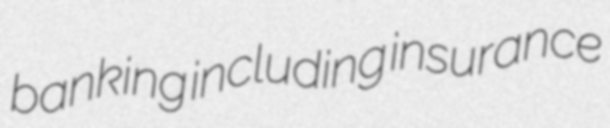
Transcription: banking including insurance